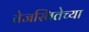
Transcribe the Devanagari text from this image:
तेजस्वितेच्या